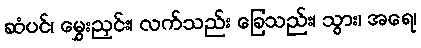
ဆံပင်၊ မွှေးညှင်း၊ လက်သည်း ခြေသည်း၊ သွား၊ အရေ၊